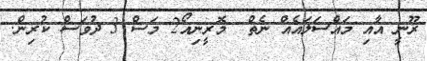
ރޫނީ އާއި މައްސަލައެއް ނެތް  މޮރީނިއޯ2 މަސް 3 ދުވަސް ކުރިން.